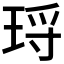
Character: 𭹑